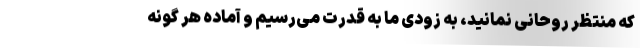
که منتظر روحانی نمانید، به زودی ما به قدرت می‌رسیم و آماده هر گونه